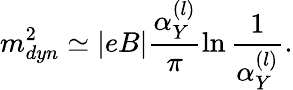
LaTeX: m_{dyn}^{2}\simeq|eB|\frac{\alpha_{Y}^{(l)}}{\pi}\ln\frac{1}{\alpha_{Y}^{(l)}}.